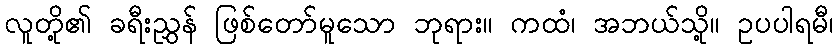
လူတို့၏ ခရီးညွှန် ဖြစ်တော်မူသော ဘုရား။ ကထံ၊ အဘယ်သို့။ ဥပပါရမီ၊